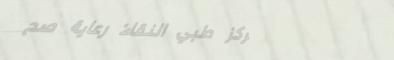
مركز طبي النقاء: رعاية صح